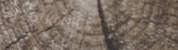
eLeCtRoNiCs